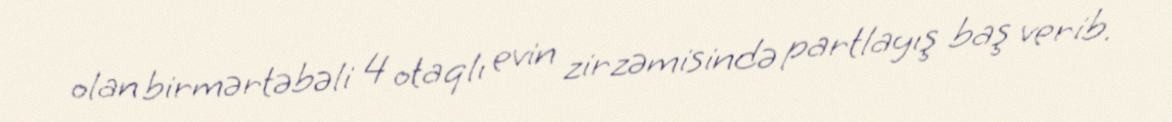
olan birmərtəbəli 4 otaqlı evin zirzəmisində partlayış baş verib.